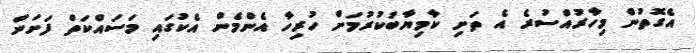
އެގޮތުން މިހާރުއްސުރެ އެ ތަށި ކާމިޔާބުކުރުމަށް ހުރިހާ އެންމެން އެކުގައި މަސައްކަތް ފަށަން